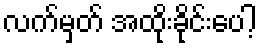
လက်မှတ် အထိုးခိုင်းပေါ့